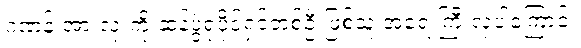
ဂဏန်းအားလုံးကို ဆန်ပွဲရုံပိုင်ရှင်တစ်ဦးဖြစ်သူ အရေးကြီးလှပါကြောင်း